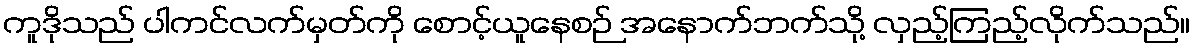
ကူဒိုသည် ပါကင်လက်မှတ်ကို စောင့်ယူနေစဉ် အနောက်ဘက်သို့ လှည့်ကြည့်လိုက်သည်။